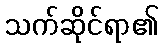
သက်ဆိုင်ရာ၏